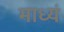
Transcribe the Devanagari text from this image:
माध्यं